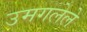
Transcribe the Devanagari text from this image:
उमगलेले